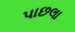
પાછલા